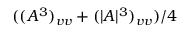
( ( A ^ { 3 } ) _ { v v } + ( | A | ^ { 3 } ) _ { v v } ) / 4